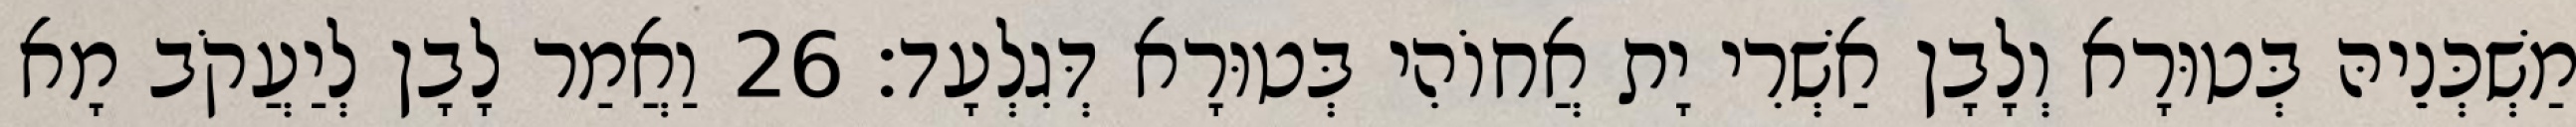
מַשְׁכְּנֵיהּ בְּטוּרָא וְלָבָן אַשְׁרִי יָת אֲחוֹהִי בְּטוּרָא דְּגִלְעָד׃ 26 וַאֲמַר לָבָן לְיַעֲקֹב מָא